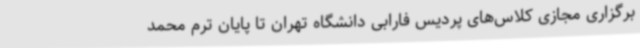
برگزاری مجازی کلاس‌های پردیس فارابی دانشگاه تهران تا پایان ترم محمد